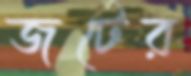
জটের